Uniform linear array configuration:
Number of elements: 64
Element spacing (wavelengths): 0.75
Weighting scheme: exponential
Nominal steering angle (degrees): -30
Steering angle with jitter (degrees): -31.306
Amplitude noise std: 0.05
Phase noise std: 0.05

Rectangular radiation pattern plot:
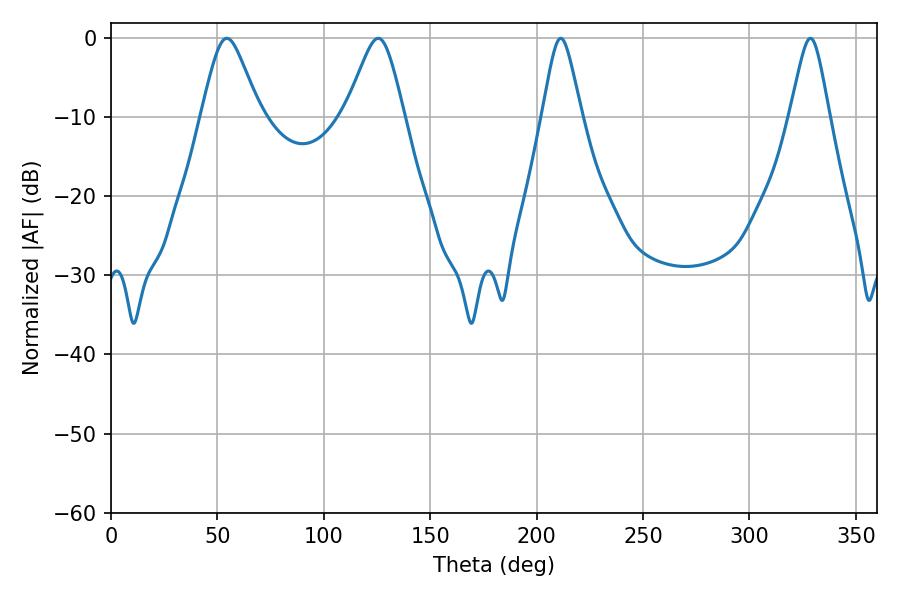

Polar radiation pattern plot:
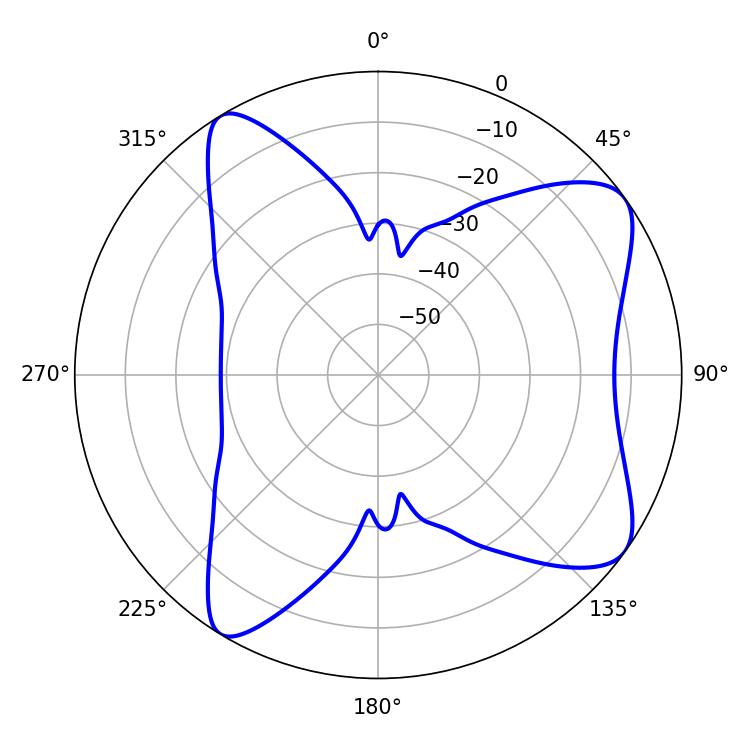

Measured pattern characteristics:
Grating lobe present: TRUE
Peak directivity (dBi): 8.504
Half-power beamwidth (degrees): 8.82
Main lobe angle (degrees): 211.32